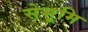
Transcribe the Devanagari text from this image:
सेभूमि